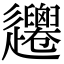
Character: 𨙞